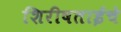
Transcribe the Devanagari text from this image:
शिरीषताईंचे